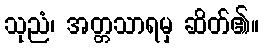
သုညံ၊ အတ္တသာရမှ ဆိတ်၏။